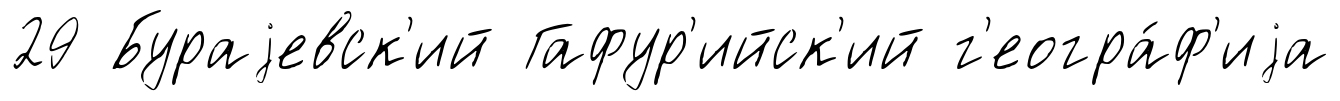
29 Бураjевск'ий Гафур'ийск'ий г'еогра́ф'иjа